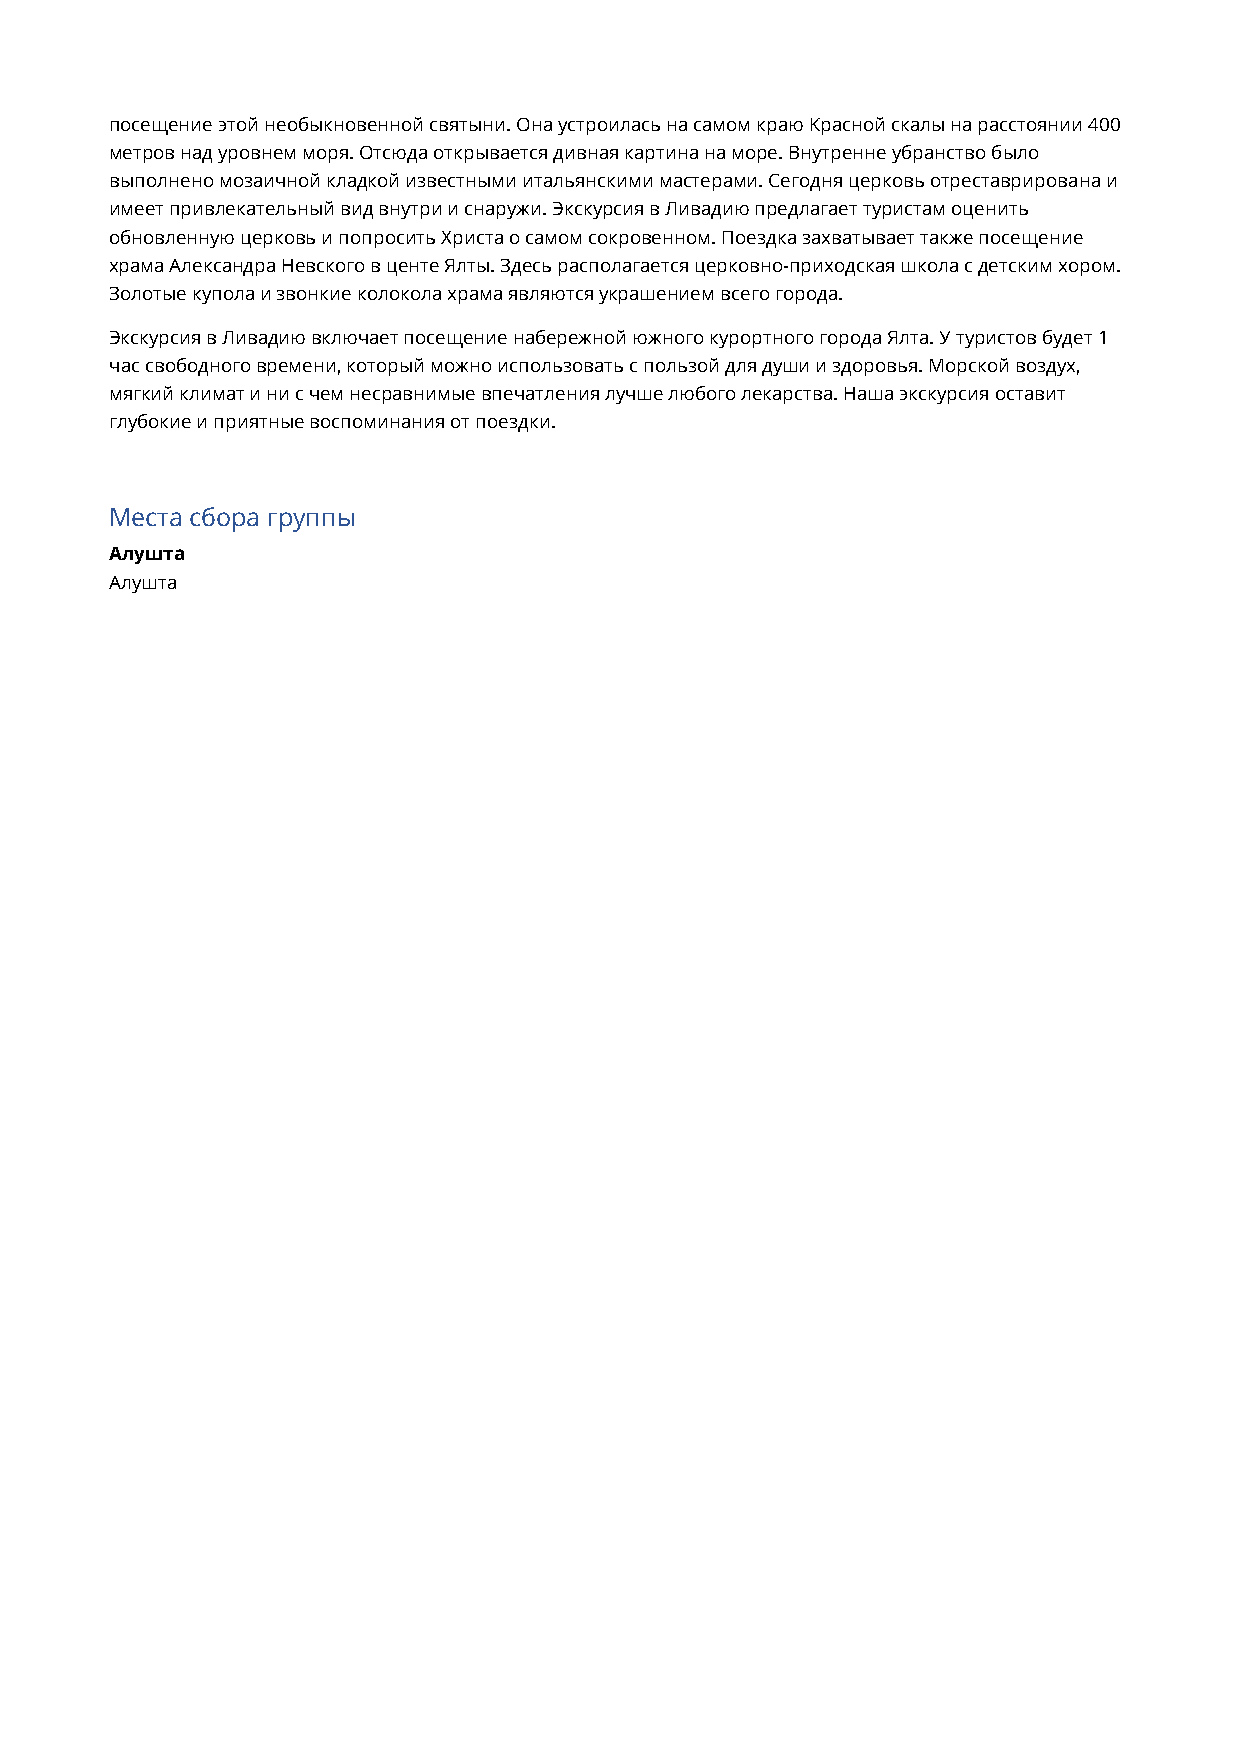
посещение этой необыкновенной святыни. Она устроилась на самом краю Красной скалы на расстоянии 400
 метров над уровнем моря. Отсюда открывается дивная картина на море. Внутренне убранство было
 выполнено мозаичной кладкой известными итальянскими мастерами. Сегодня церковь отреставрирована и
 имеет привлекательный вид внутри и снаружи. Экскурсия в Ливадию предлагает туристам оценить
 обновленную церковь и попросить Христа о самом сокровенном. Поездка захватывает также посещение
 храма Александра Невского в центе Ялты. Здесь располагается церковно-приходская школа с детским хором.
 Золотые купола и звонкие колокола храма являются украшением всего города.
 Экскурсия в Ливадию включает посещение набережной южного курортного города Ялта. У туристов будет 1
 час свободного времени, который можно использовать с пользой для души и здоровья. Морской воздух,
 мягкий климат и ни с чем несравнимые впечатления лучше любого лекарства. Наша экскурсия оставит
 глубокие и приятные воспоминания от поездки.
 Места сбора группы
 Алушта
 Алушта